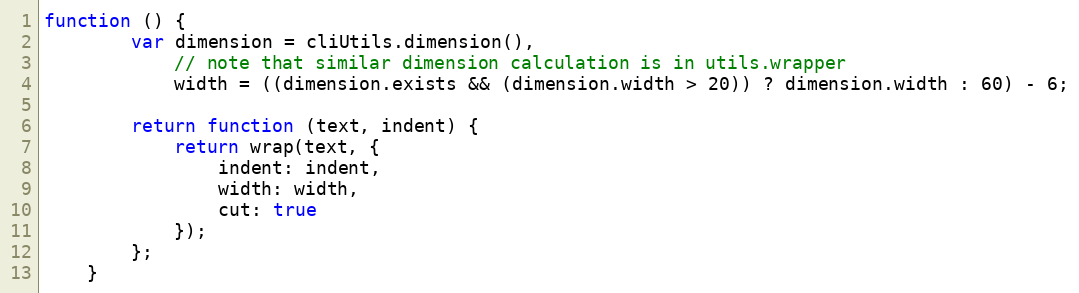
Language: JavaScript
function () {
        var dimension = cliUtils.dimension(),
            // note that similar dimension calculation is in utils.wrapper
            width = ((dimension.exists && (dimension.width > 20)) ? dimension.width : 60) - 6;

        return function (text, indent) {
            return wrap(text, {
                indent: indent,
                width: width,
                cut: true
            });
        };
    }